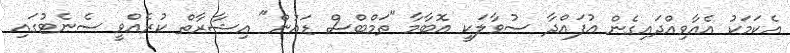
އެކަމަކު އެއާވިއްދައިގެން އުފައްދާ ސުވާލަކީ އޮބާމާ "ތަމްބްސް ޑައުން" އިޝާރާތް ކުރެއްވީ ސެނެޓުގައި